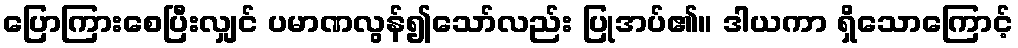
ပြောကြားစေပြီးလျှင် ပမာဏလွန်၍သော်လည်း ပြုအပ်၏။ ဒါယကာ ရှိသောကြောင့်